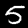
Label: 5